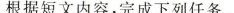
根据短文内容,完成下列任务.